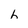
Character: h